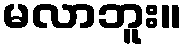
မလာဘူး။